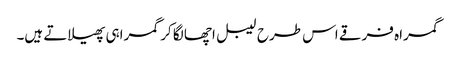
گمراہ فرقے اس طرح لیبل اچھا لگا کر گمراہی پھیلاتے ہیں۔